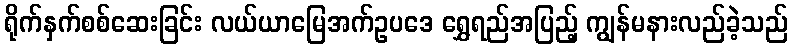
ရိုက်နှက်စစ်ဆေးခြင်း လယ်ယာမြေအက်ဥပဒေ ရွှေရည်အပြည့် ကျွန်မနားလည်ခဲ့သည်